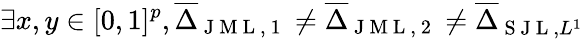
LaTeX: \exists x,y\in[0,1]^{p},\overline{{\Delta}}_{\mathrm{~J~M~L~,~1~}}\neq\overline{{\Delta}}_{\mathrm{~J~M~L~,~2~}}\neq\overline{{\Delta}}_{\mathrm{~S~J~L~},L^{1}}